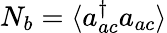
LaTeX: {N}_{b}=\langle a_{ac}^{\dagger}a_{ac}\rangle